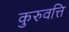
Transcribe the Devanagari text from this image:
कुरुवत्ति